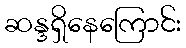
ဆန္ဒရှိနေကြောင်း